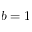
b = 1